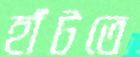
হাঁটতে